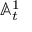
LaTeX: \mathbb { A } _ { t } ^ { 1 }